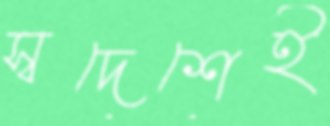
স্বদেশেই